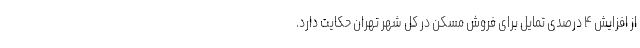
از افزایش ۴ درصدی تمایل برای فروش مسکن در کل شهر تهران حکایت دارد.